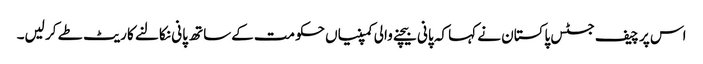
اس پر چیف جسٹس پاکستان نے کہا کہ پانی بیچنے والی کمپنیاں حکومت کےساتھ پانی نکالنے کا ریٹ طے کر لیں۔